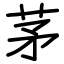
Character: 茅